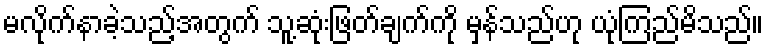
မလိုက်နာခဲ့သည့်အတွက် သူ့ဆုံးဖြတ်ချက်ကို မှန်သည်ဟု ယုံကြည်မိသည်။